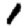
Digit: 1